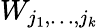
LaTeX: W_{j_{1},\dots,j_{k}}